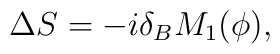
\Delta S = -i\delta_BM_1(\phi),